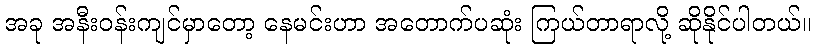
အခု အနီးဝန်းကျင်မှာတော့ နေမင်းဟာ အတောက်ပဆုံး ကြယ်တာရာလို့ ဆိုနိုင်ပါတယ်။